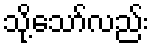
သို့သော်လည်း